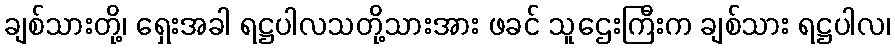
ချစ်သားတို့၊ ရှေးအခါ ရဋ္ဌပါလသတို့သားအား ဖခင် သူဌေးကြီးက ချစ်သား ရဋ္ဌပါလ၊